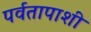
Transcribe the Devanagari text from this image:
पर्वतापाशी